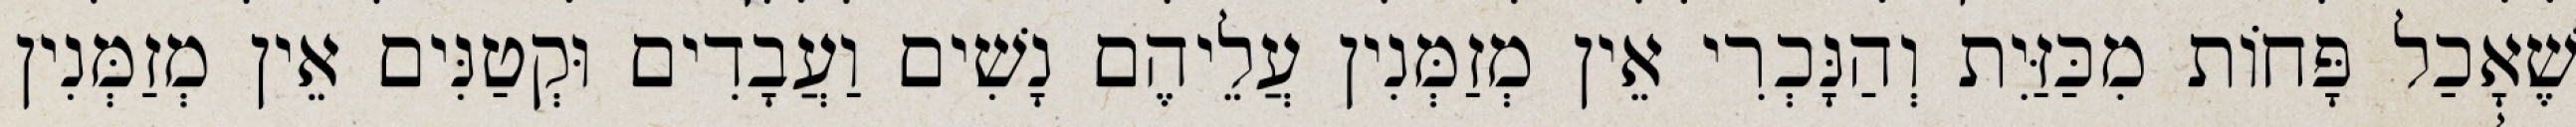
שֶׁאָכַל פָּחוֹת מִכַּזַּיִת וְהַנָּכְרִי אֵין מְזַמְּנִין עֲלֵיהֶם נָשִׁים וַעֲבָדִים וּקְטַנִּים אֵין מְזַמְּנִין